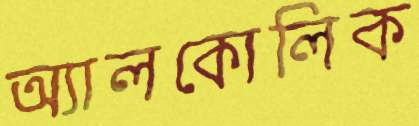
অ্যালকোলিক